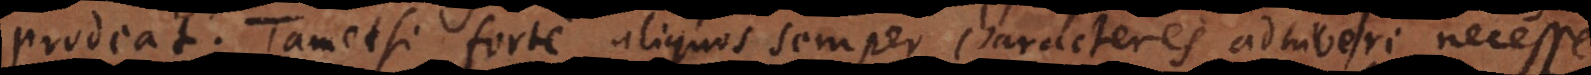
prodeat. Tametsi forte aliquos semper characteres adhiberi necesse